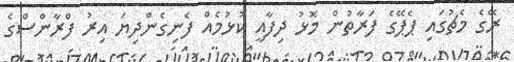
ރޭގެ މެޗުގައި ޕެޕޭގެ ފަރާތުން މޮޅު ދިފާއީ ކުޅުމެއް ފެނިގެންދިޔަ އިރު ފްރާންސްގެ